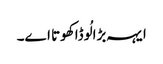
ایہہ بڑا لُوڈا کھوتا اے۔